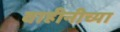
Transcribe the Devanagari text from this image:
वाहीनीच्या